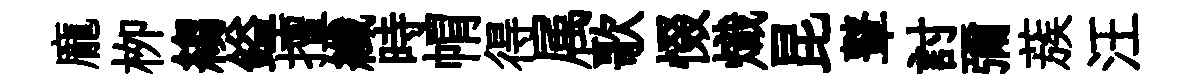
龐栁縐鎰擅纖時㡌得属歌惙熾昆鼙討彌蔟汪